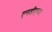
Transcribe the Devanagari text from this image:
एनडीएच्या